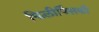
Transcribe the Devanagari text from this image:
फिलीपिंसकी